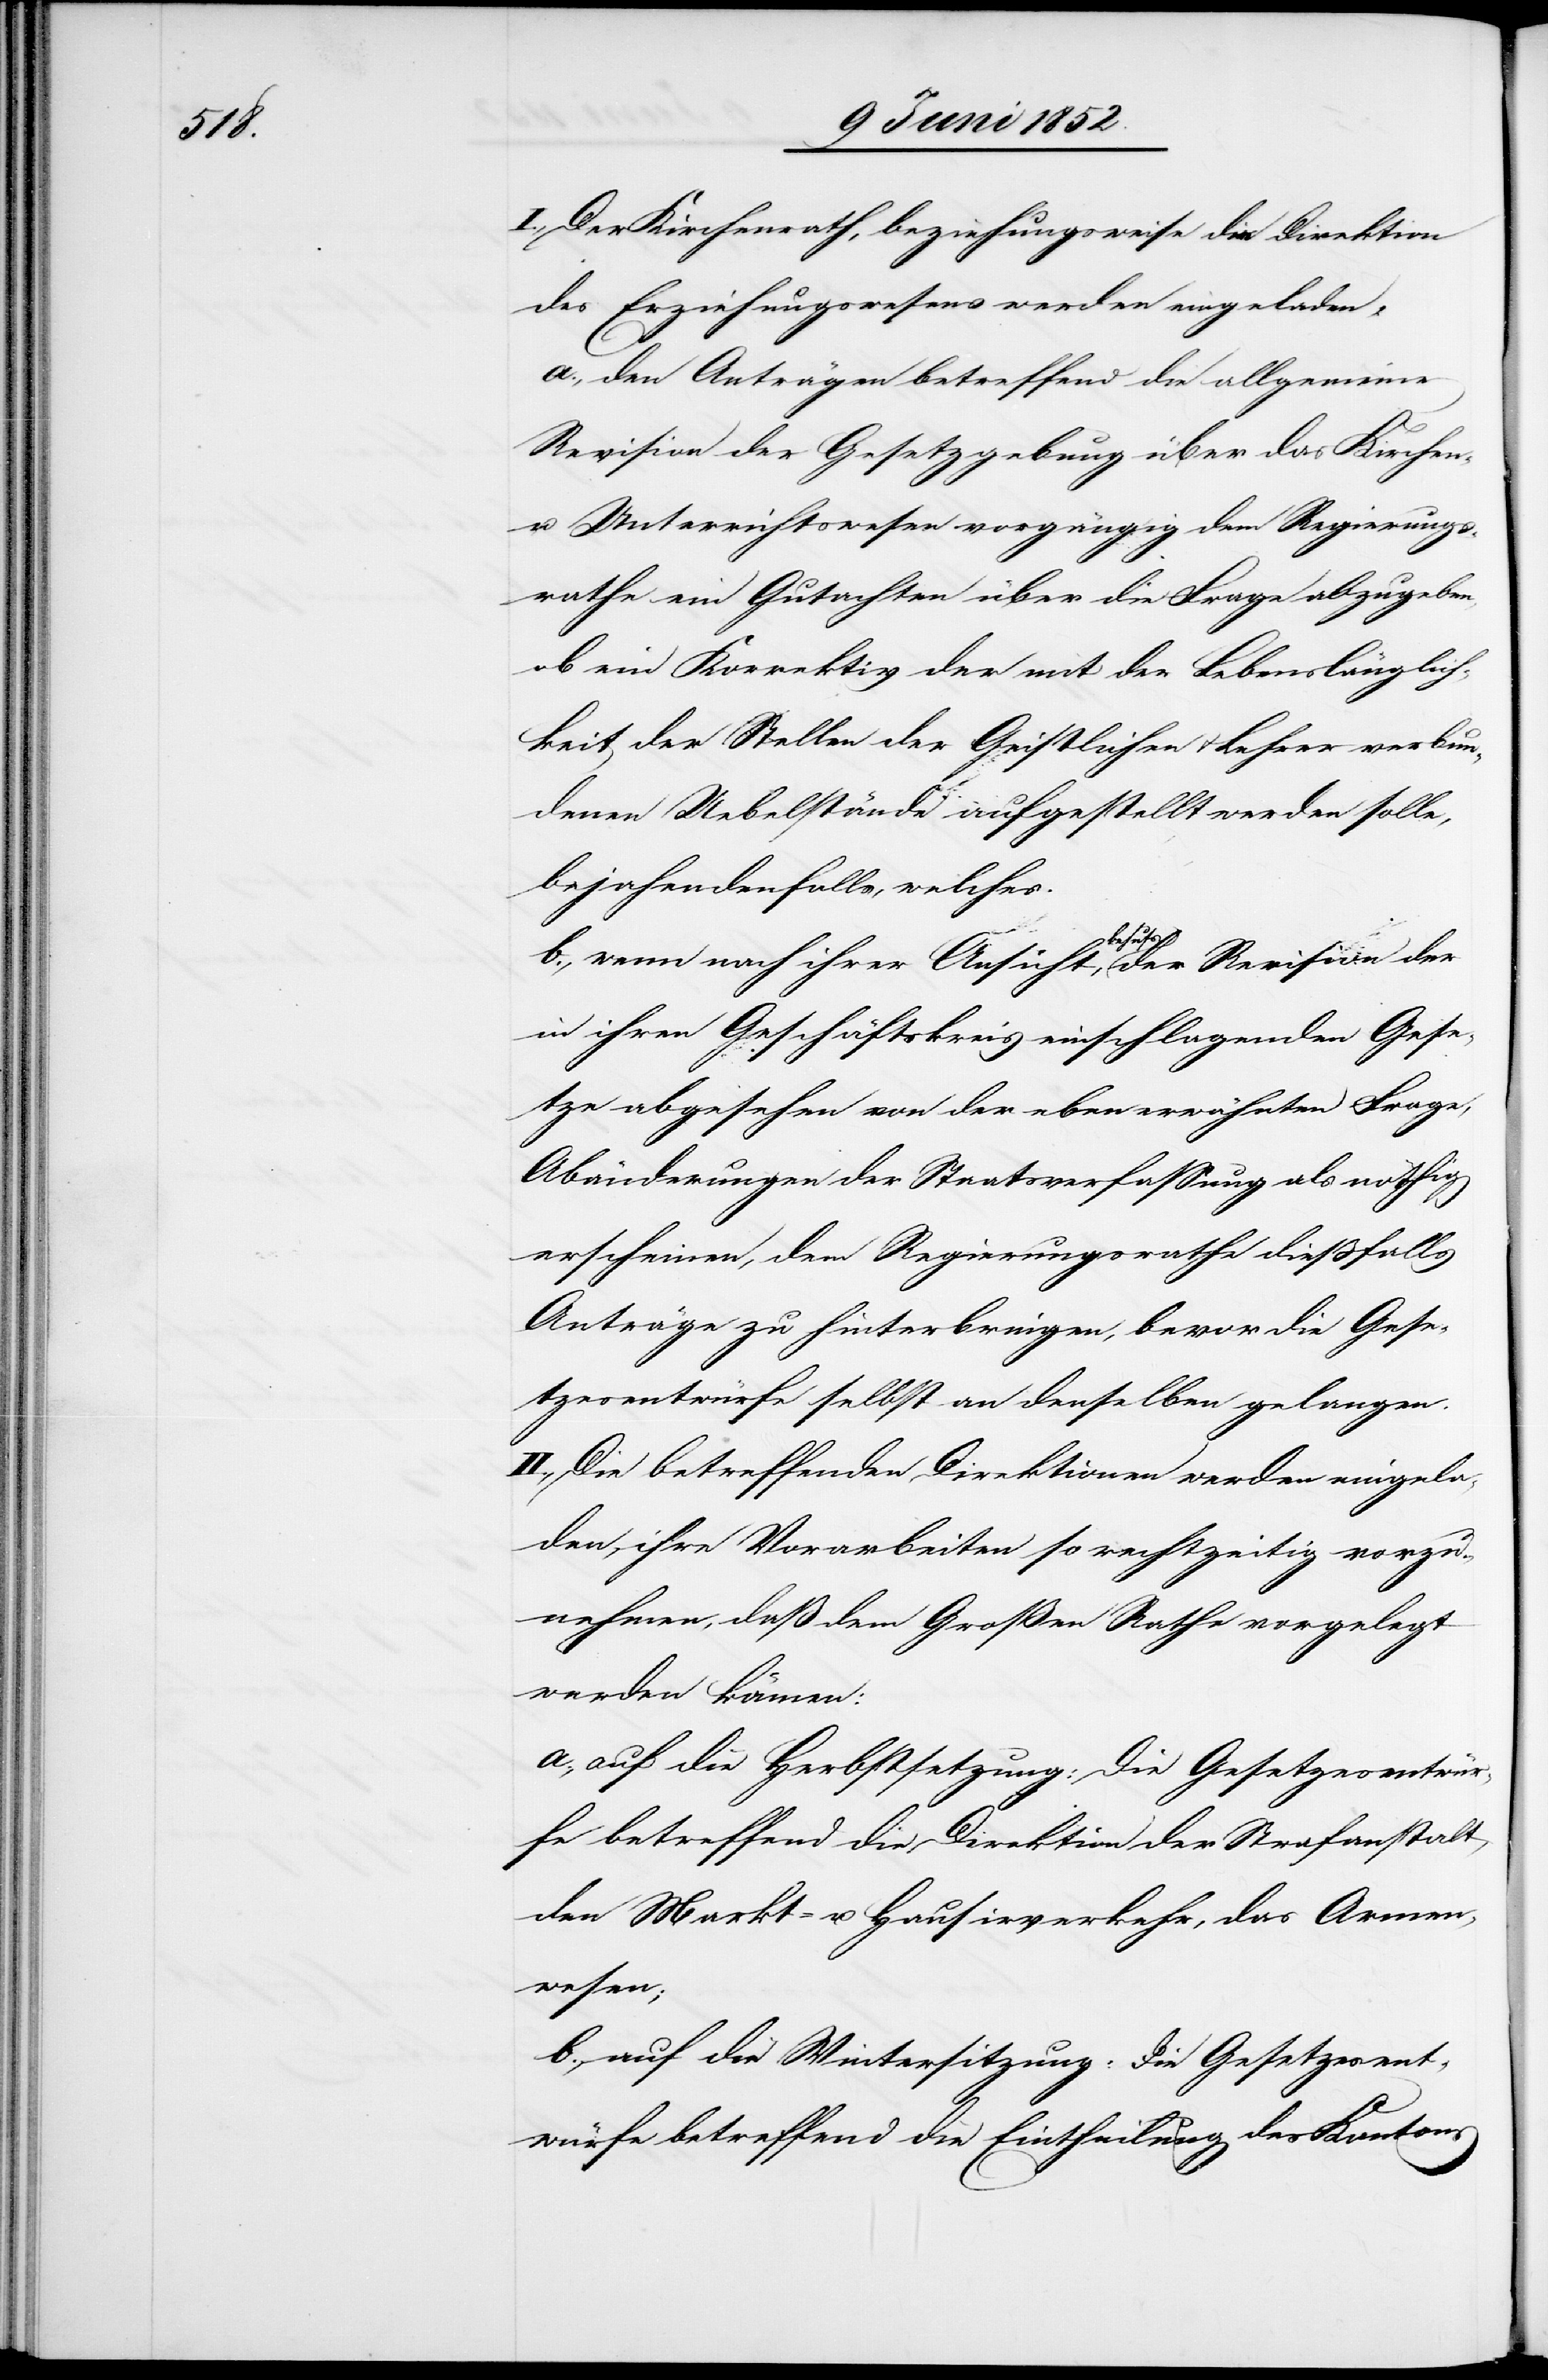
I., Der Kirchenrath, beziehungsweise die Direktion
des Erziehungswesens werden eingeladen,
a., den Anträgen betreffend die allgemeine
Revision der Gesetzgebung über das Kirchen-
u. Unterrichtswesen vorgängig dem Regierungs¬
rathe ein Gutachten über die Frage abzugeben,
ob ein Korrektiv der mit der Lebenslänglich¬
keit der Stellen der Geistlichen & Lehrer verbun¬
denen Uebelstände aufgestellt werden solle,
bejahendenfalls, welches.
b., wenn nach ihrer Ansicht, behufs der Revision der
in ihren Geschäftskreis einschlagenden Gese¬
tze abgesehen von der eben erwähnten Frage,
Abänderungen der Staatsverfassung als nöthig
erscheinen, dem Regierungsrathe diessfalls
Anträge zu hinterbringen, bevor die Gese¬
tzesentwürfe selbst an denselben gelangen.
II., Die betreffenden Direktionen werden eingela¬
den, ihre Vorarbeiten so rechtzeitig vorzu¬
nehmen, daß dem Großen Rathe vorgelegt
werden können:
a., auf die Herbstsetzung [sic!]: Die Gesetzesentwür¬
fe betreffend die Direktion der Strafanstalt,
den Markt- u. Hausirverkehr, das Armen¬
wesen;
b., auf die Wintersitzung: Die Gesetzesent¬
würfe betreffend die Eintheilung des Kantons